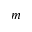
m